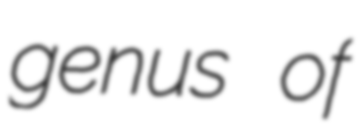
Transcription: genus of